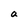
Character: a